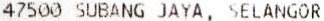
47500 SUBANG JAYA, SELANGOR